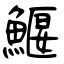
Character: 鰋